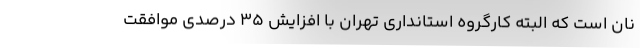
نان است که البته کارگروه استانداری تهران با افزایش 35 درصدی موافقت